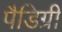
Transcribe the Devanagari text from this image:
पैडिग्री